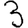
Digit: 3